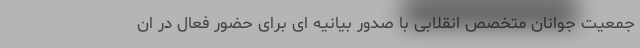
جمعیت جوانان متخصص انقلابی با صدور بیانیه ای برای حضور فعال در ان